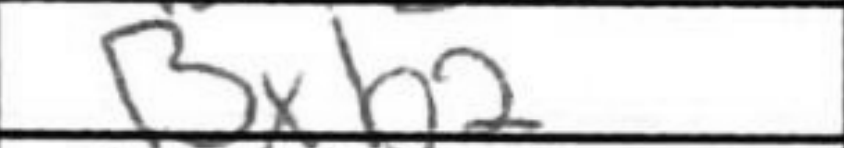
Transcription: Bxb2